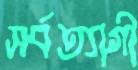
সর্বত্যাগী